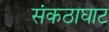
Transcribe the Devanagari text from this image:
संकठाघाट